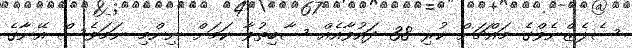
ސެލެޒްނެވްގެ މައްޗަށް ކުރި 38 ދައުވާއެއް ސާބިތުވާ ކަމަށް ނިންމި ނަމަވެސް އޭނާގެ